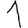
Digit: 1